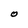
Character: O